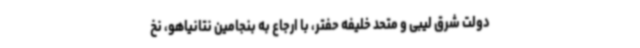
دولت شرق لیبی و متحد خلیفه حفتر، با ارجاع به بنجامین نتانیاهو، نخ